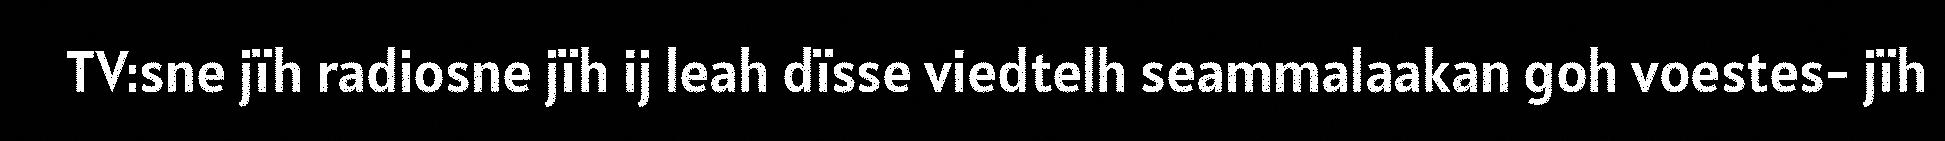
TV:sne jïh radiosne jïh ij leah dïsse viedtelh seammalaakan goh voestes- jïh